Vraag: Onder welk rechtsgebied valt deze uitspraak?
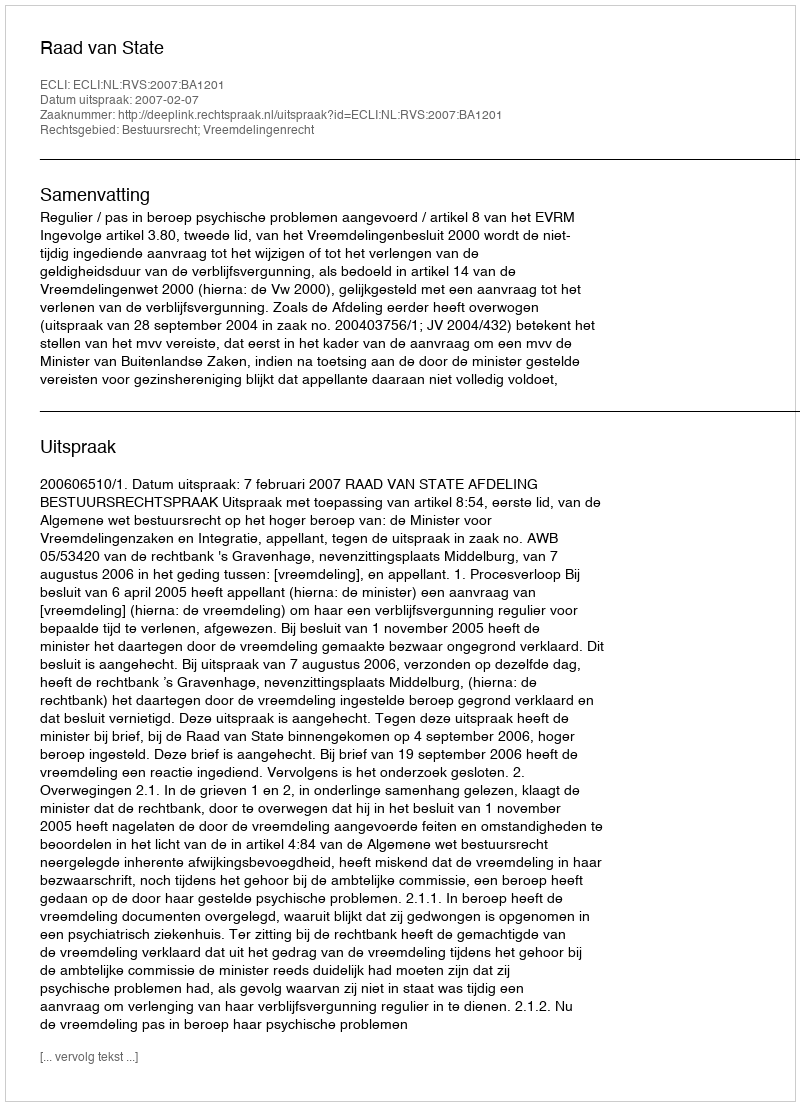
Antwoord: Bestuursrecht; Vreemdelingenrecht